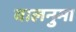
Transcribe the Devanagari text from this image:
बालनुमा